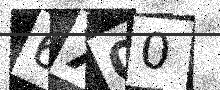
Text: 6X00